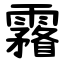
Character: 霿